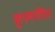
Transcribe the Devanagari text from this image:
कुप्रभावित